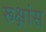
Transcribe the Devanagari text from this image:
रूक्षांस